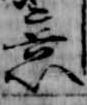
意